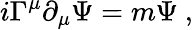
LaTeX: i\Gamma^{\mu}\partial_{\mu}\Psi=m\Psi~,